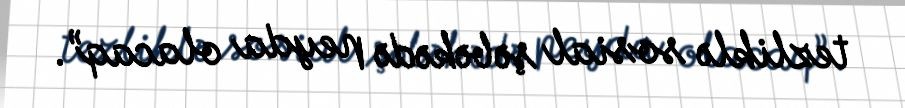
tezliklə sosial şəbəkədə peyda olacaq”.